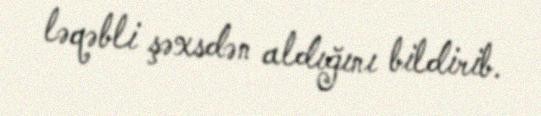
ləqəbli şəxsdən aldığını bildirib.